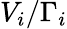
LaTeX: V_{i}/\Gamma_{i}